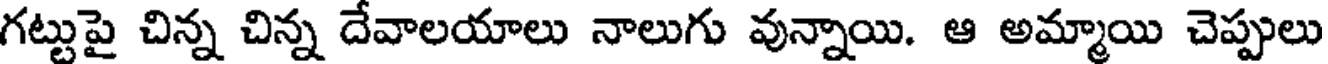
గట్టుపై చిన్న చిన్న దేవాలయాలు నాలుగు వున్నాయి. ఆ అమ్మాయి చెప్పులు